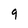
Character: 9